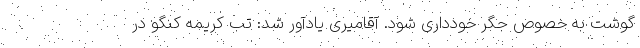
گوشت به خصوص جگر خودداری شود. آقامیری یادآور شد: تب کریمه کنگو در